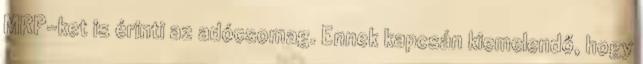
MRP-ket is érinti az adócsomag. Ennek kapcsán kiemelendő, hogy